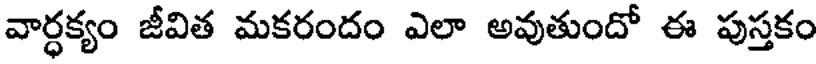
వార్ధక్యం జీవిత మకరందం ఎలా అవుతుందో ఈ పుస్తకం